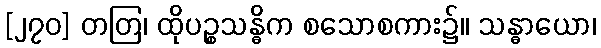
[၂၇၀] တတြ၊ ထိုပဉ္စသန္ဓိက စသောစကား၌။ သန္ဓာယော၊